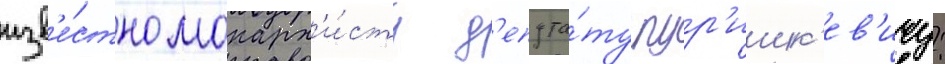
изв'е́стно монарх'и́сту д'епута́ту пур'ишк'ев'ичу: